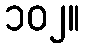
၁၀၂။